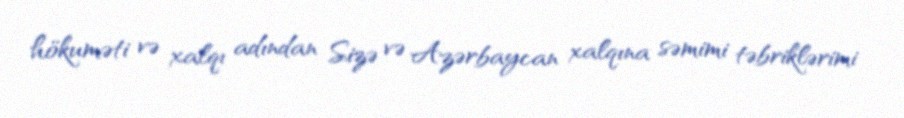
hökuməti və xalqı adından Sizə və Azərbaycan xalqına səmimi təbriklərimi